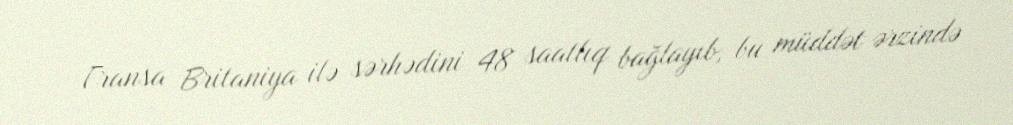
Fransa Britaniya ilə sərhədini 48 saatlıq bağlayıb, bu müddət ərzində